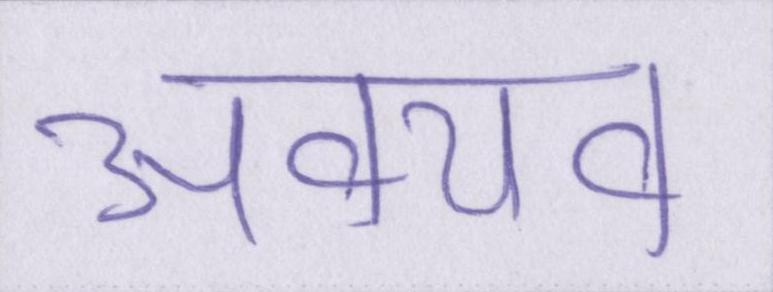
अवयव